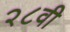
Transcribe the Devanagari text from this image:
२८वी